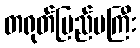
တရုတ်ပြည်မကြီး